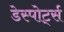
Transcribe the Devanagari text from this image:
डेस्पोर्ट्स